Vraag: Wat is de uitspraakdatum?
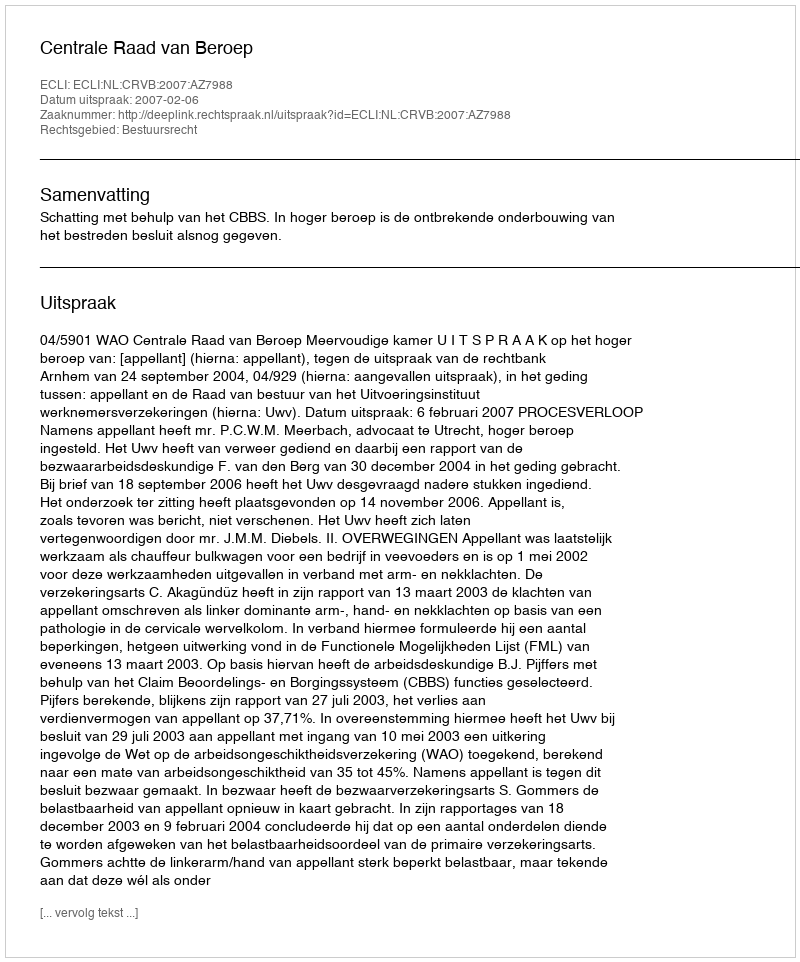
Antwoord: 2007-02-06